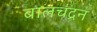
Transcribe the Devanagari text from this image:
बालचंद्रन